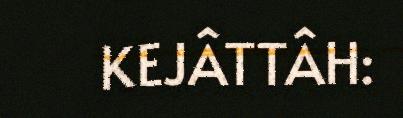
KEJÂTTÂH: